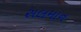
સલમાન